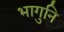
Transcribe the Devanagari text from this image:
भागुनि